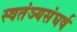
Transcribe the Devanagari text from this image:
स्वतंञ्यसंघर्ष